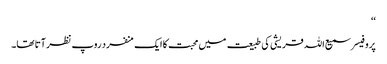
‘‘
پروفیسر سمیع اللہ قریشی کی طبیعت میں محبت کا ایک منفرد روپ نظر آتا تھا۔